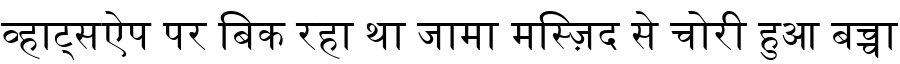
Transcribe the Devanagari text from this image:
व्हाट्सऐप पर बिक रहा था जामा मस्ज़िद से चोरी हुआ बच्चा